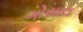
ગોસાલ